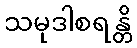
သမုဒါစရန္တိ